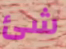
شئ